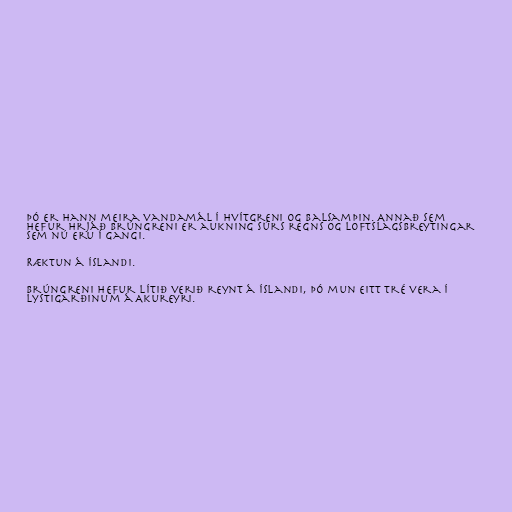
Þó er hann meira vandamál í hvítgreni og balsamþin. Annað sem
hefur hrjáð brúngreni er aukning súrs regns og loftslagsbreytingar
sem nú eru í gangi.

Ræktun á Íslandi.

Brúngreni hefur lítið verið reynt á Íslandi, þó mun eitt tré vera í
Lystigarðinum á Akureyri.